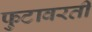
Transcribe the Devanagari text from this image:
फुटावरती